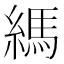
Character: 𦄀